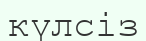
күлсіз